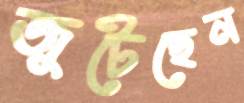
জুটেছেন